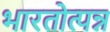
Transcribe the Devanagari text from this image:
भारतोत्पन्न